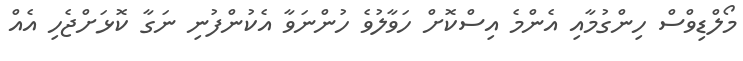
މޯލްޑިވްސް ހިންގުމާއި އެންމެ އިސްކޮށް ހަވާލުވެ ހުންނަވާ އެކުންފުނި ނަގާ ކޮޅަށްޖެހި އެއް